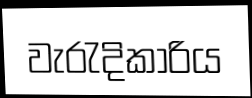
වැරැදිකාරිය